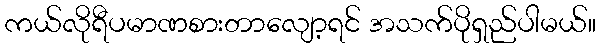
ကယ်လိုရီပမာဏစားတာလျော့ရင် အသက်ပိုရှည်ပါမယ်။